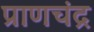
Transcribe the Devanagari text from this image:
प्राणचंद्र